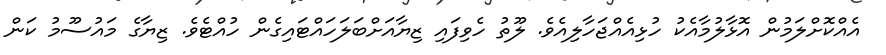
އެއްކޮށްލަމުން އޮޅާލުމާއެކު ހުޅިއެއްޖަހާލިއެވެ. ލޫތު ހެވިފައި ޒިޔާއަށްބަލަހައްޓައިގެން ހުއްޓެވެ. ޒިޔާގެ މައުސޫމު ކަން